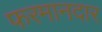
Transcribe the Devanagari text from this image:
फरमानदार